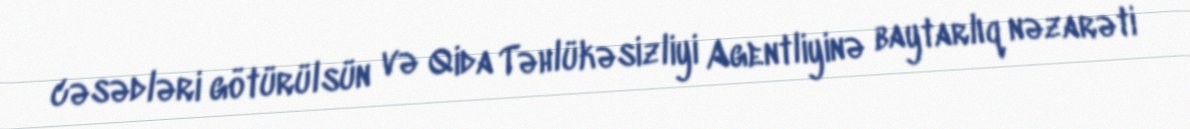
cəsədləri götürülsün və Qida Təhlükəsizliyi Agentliyinə baytarlıq nəzarəti